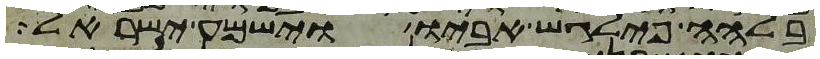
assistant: בלהה פילגש אביו וישמע ישראל